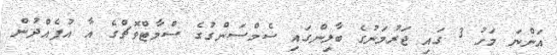
އަންނަ މަހު 3 ގައި ޖަރުމަނުގެ ބާލިންގައި ސެމްސަންގުގެ ސްމާޓްވޮޗްގެ އާ އުފެއްދުން